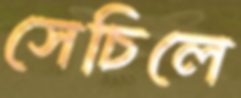
সেচিলে